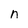
Character: n